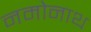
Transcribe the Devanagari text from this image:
नमोनाथ